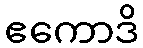
ဧကောဒိ